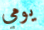
يومي